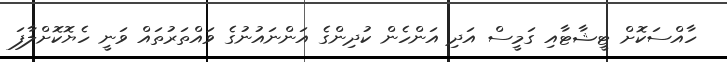
ހާއްސަކޮށް ޓީޝާޓާއި ގަމީސް އަދި އަންހެން ކުދިންގެ އަންނައުނުގެ ވައްތަރުތައް ވަނީ ހެޔޮކޮށްލާފަ